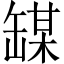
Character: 𫄼